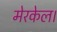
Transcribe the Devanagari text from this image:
मेरकेल।